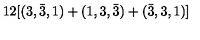
1 2 [ ( 3 , \bar { 3 } , 1 ) + ( 1 , 3 , \bar { 3 } ) + ( \bar { 3 } , 3 , 1 ) ]